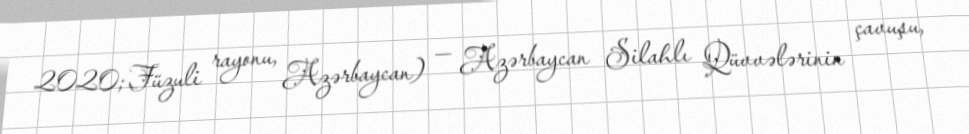
2020; Füzuli rayonu, Azərbaycan) — Azərbaycan Silahlı Qüvvələrinin çavuşu,